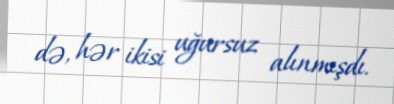
də, hər ikisi uğursuz alınmışdı.